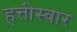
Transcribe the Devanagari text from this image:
हत्तीस्वार